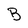
Character: B